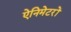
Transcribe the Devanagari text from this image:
ऐनिमेटरों